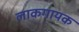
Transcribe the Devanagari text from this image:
लाकगायक